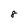
Character: 8